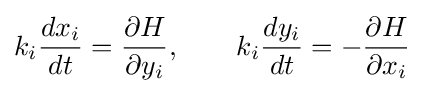
k_{i}{\frac {dx_{i}}{dt}}={\frac {\partial H}{\partial y_{i}}},\qquad k_{i}{\frac {dy_{i}}{dt}}=-{\frac {\partial H}{\partial x_{i}}}